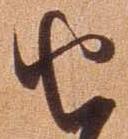
由